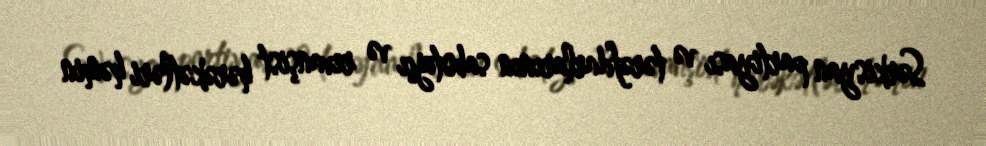
Sərkisyan partiyası və tərəfdarlarının sabotajçı və revanşist hərəkətləri həmin